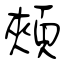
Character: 頰